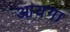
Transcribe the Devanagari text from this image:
आयगा